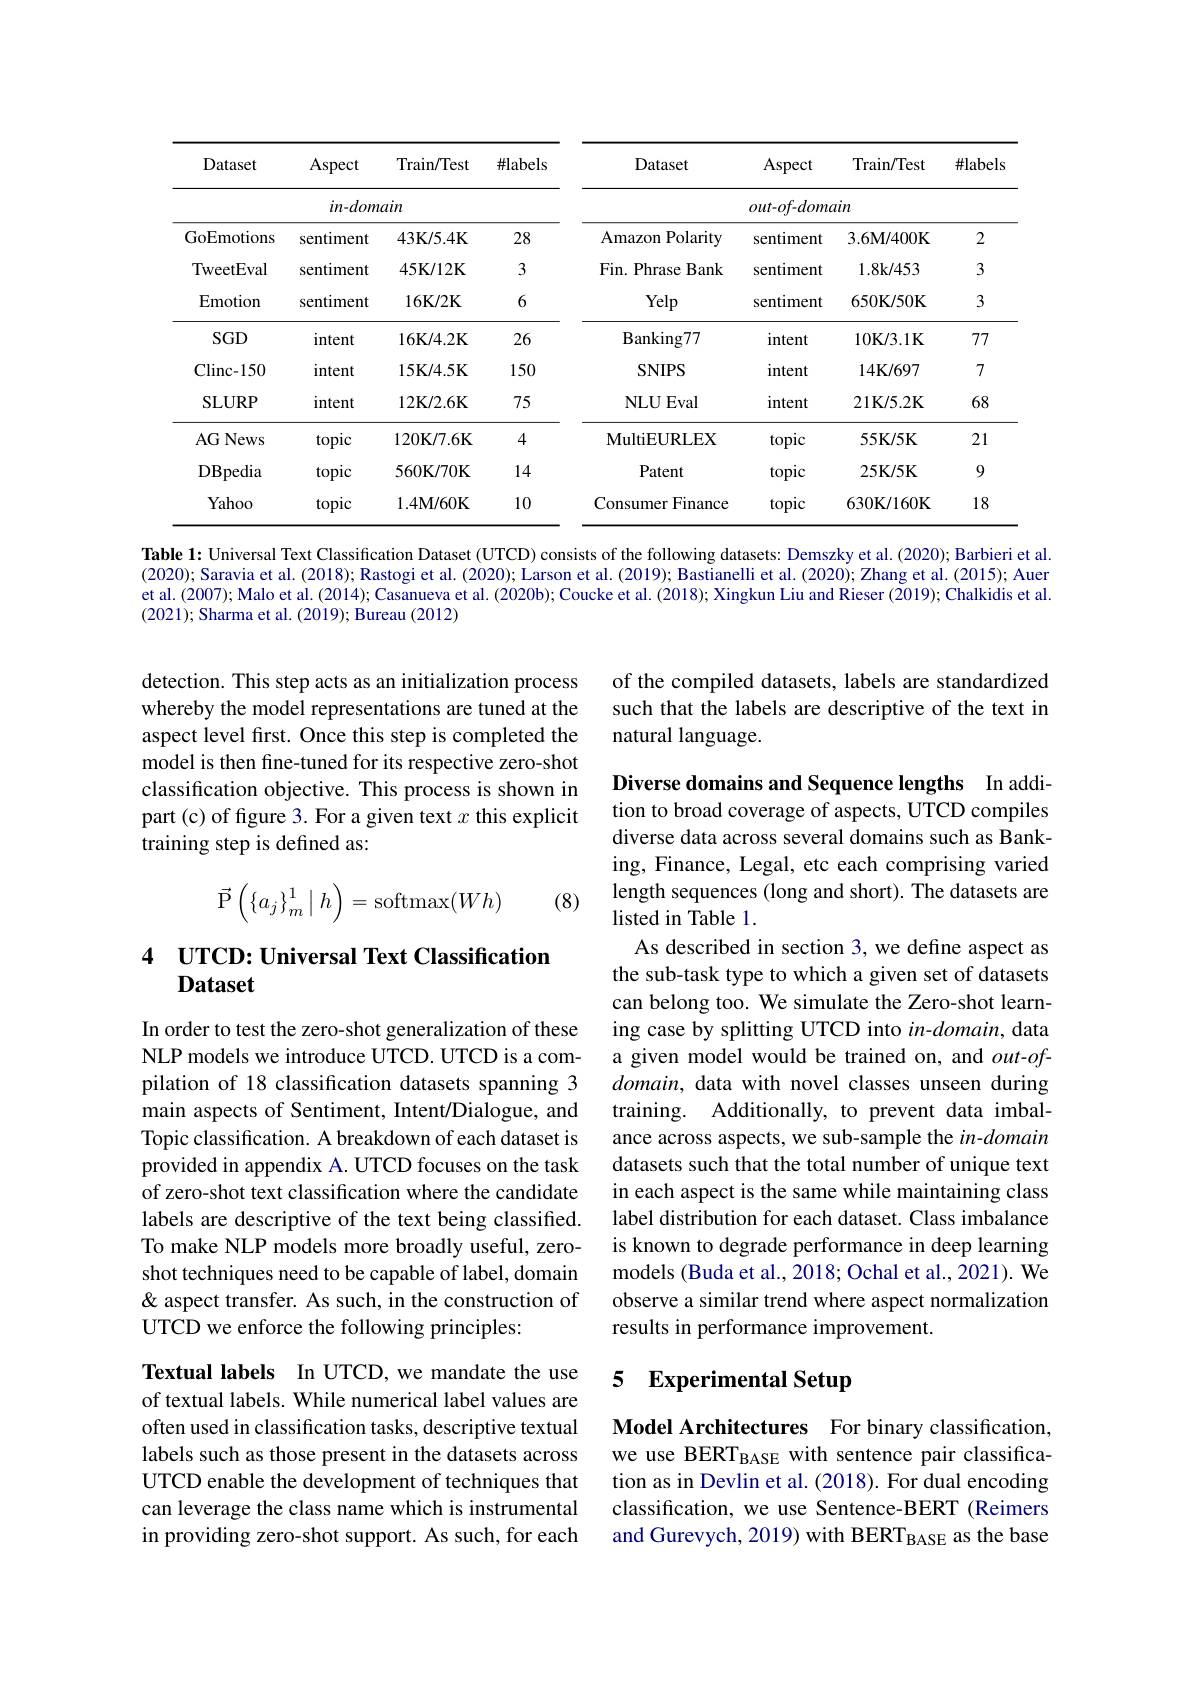
<table>
	<tbody>
		<tr>
			<th>Dataset</th>
			<th>Aspect</th>
			<th>Train/Test</th>
			<th>${\text{\#labels}}$</th>
			<th>Dataset</th>
			<th>Aspect</th>
			<th>Train/Test</th>
			<th>#labels</th>
		</tr>
		<tr>
			<td> </td>
			<td>$in-dom$</td>
			<td>ain</td>
			<td> </td>
			<td colspan="4">$out-of-domain$</td>
		</tr>
		<tr>
			<td>GoEmotions</td>
			<td>sentiment</td>
			<td>43K/5.4K</td>
			<td>28</td>
			<td>Amazon Polarity</td>
			<td>sentiment</td>
			<td>3.6M/400K</td>
			<td>2</td>
		</tr>
		<tr>
			<td>TweetEval</td>
			<td>sentiment</td>
			<td>45K/12K</td>
			<td>3</td>
			<td>Fin. Phrase Bank</td>
			<td>sentiment</td>
			<td>1.8k/453</td>
			<td>3</td>
		</tr>
		<tr>
			<td>Emotion</td>
			<td>sentiment</td>
			<td>$16\mathbf{K}/2\mathbf{K}$</td>
			<td>6</td>
			<td>Yelp</td>
			<td>sentiment</td>
			<td>650K/50K</td>
			<td>3</td>
		</tr>
		<tr>
			<td>$SGD$</td>
			<td>intent</td>
			<td>16K/4.2K</td>
			<td>26</td>
			<td>$\operatorname{Banking77}$</td>
			<td>intent</td>
			<td>10K/3.1K</td>
			<td>77</td>
		</tr>
		<tr>
			<td>Clinc- 150</td>
			<td>intent</td>
			<td>15K/ 4. 5K</td>
			<td>150</td>
			<td>SNIPS</td>
			<td>intent</td>
			<td>14K/697</td>
			<td>7</td>
		</tr>
		<tr>
			<td>SLURP</td>
			<td>intent</td>
			<td>12K/2.6K</td>
			<td>75</td>
			<td>NLUEval</td>
			<td>intent</td>
			<td>21K/5.2K</td>
			<td>68</td>
		</tr>
		<tr>
			<td>AG News</td>
			<td>topic</td>
			<td>$120\mathbf{K}/7.6\mathbf{K}$</td>
			<td>4</td>
			<td>MultiEURLEX</td>
			<td>topic</td>
			<td>55K/5K</td>
			<td>21</td>
		</tr>
		<tr>
			<td>DBpedia</td>
			<td>topic</td>
			<td>560K/70K</td>
			<td>14</td>
			<td>Patent</td>
			<td>topic</td>
			<td>25K/5K</td>
			<td>9</td>
		</tr>
		<tr>
			<td>Yahoo</td>
			<td>topic</td>
			<td>$1.4\mathbf{M}/60\mathbf{K}$</td>
			<td>10</td>
			<td>Consumer Finance</td>
			<td>topic</td>
			<td>630K/160K</td>
			<td>18</td>
		</tr>
	</tbody>
</table>
Table 1: Universal Text Classification Dataset (UTCD) consists of the following datasets: Demszky et al.(2020); Barbieri et al.

(2020); Saravia et al. (2018); Rastogi et al. (2020); Larson et al. (2019); Bastianelli et al. (2020); Zhang et al. (2015); Auer et al.(2007); Malo et al. (2014); Casanueva et al. (2020b); Coucke et al. (2018); Xingkun Liu and Rieser (2019); Chalkidis et al. (2021); Sharma et al. (2019); Bureau (2012)

of the compiled datasets, labels are standardized such that the labels are descriptive of the text in natural language.

detection. This step acts as an initialization process whereby the model representations are tuned at the aspect level first. Once this step is completed the model is then fine-tuned for its respective zero-shot classification objective. This process is shown in part (c) of figure 3. For a given text $x$ this explicit training step is defined as:

Diverse domains and Sequence lengths In addition to broad coverage of aspects, UTCD compiles
$$\vec{\text{P}}\left(\{a_j\}_m^1\mid h\right)=\mathrm{softmax}(Wh)$$
(8)

# 4 UTCD: Universal Text Classification Dataset

diverse data across several domains such as Banking, Finance, Legal, etc each comprising varied length sequences (long and short). The datasets are listed in Table 1.
As described in section 3, we define aspect as the sub-task type to which a given set of datasets can belong too. We simulate the Zero-shot learning case by splitting UTCD into in-domain, data a given model would be trained on, and $out-of$- domain, data with novel classes unseen during training. Additionally, to prevent data imbalance across aspects, we sub-sample the in-domain datasets such that the total number of unique text in each aspect is the same while maintaining class label distribution for each dataset. Class imbalance is known to degrade performance in deep learning models (Buda et al., 2018; Ochal et al., 2021). We observe a similar trend where aspect normalization results in performance improvement.

In order to test the zero-shot generalization of these NLP models we introduce UTCD. UTCD is a compilation of 18 classification datasets spanning 3 main aspects of Sentiment, Intent/Dialogue, and Topic classification. A breakdown of each dataset is provided in appendix A. UTCD focuses on the task of zero-shot text classification where the candidate labels are descriptive of the text being classified. To make NLP models more broadly useful, zeroshot techniques need to be capable of label, domain & aspect transfer. As such, in the construction of UTCD we enforce the following principles:

### 5 Experimental Setup

Textual labels In UTCD, we mandate the use of textual labels. While numerical label values are often used in classification tasks, descriptive textual labels such as those present in the datasets across UTCD enable the development of techniques that can leverage the class name which is instrumental in providing zero-shot support. As such, for each

Model Architectures For binary classification, we use BERT$_\mathrm{BASE}$ with sentence pair classification as in Devlin et al. (2018). For dual encoding classification, we use Sentence-BERT (Reimers and Gurevych, 2019) with BERT$_{\mathrm{BASE}}$ as the base